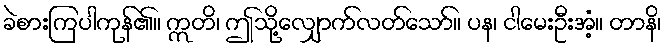
ခဲစားကြပါကုန်၏။ ဣတိ၊ ဤသို့လျှောက်လတ်သော်။ ပန၊ ငါမေးဦးအံ့။ တာနိ၊